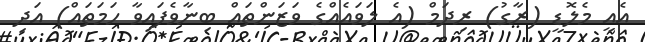
އެއީ މެލޮޑީ (ރާގު) ރިދަމް (އެ ލަވައެއްގެ ވަޒަންތައް ބިނާވެފައިވާ ހަމަތައް) އަދި